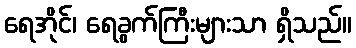
ရေအိုင်၊ ရေခွက်ကြီးများသာ ရှိသည်။